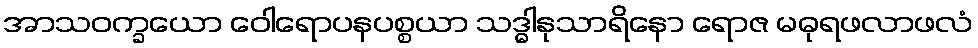
အာသဝက္ခယော ဝေါရောပနပစ္စယာ သဒ္ဓါနုသာရိနော ရောဇ မဓုရဖလာဖလံ